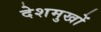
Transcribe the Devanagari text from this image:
देशमुखों